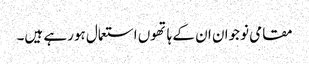
مقامی نوجوان ان کے ہاتھوں استعمال ہورہے ہیں۔